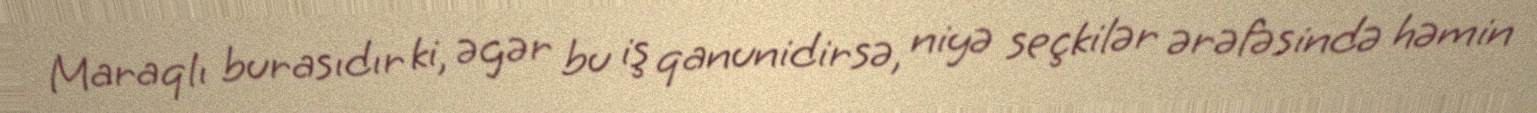
Maraqlı burasıdır ki, əgər bu iş qanunidirsə, niyə seçkilər ərəfəsində həmin